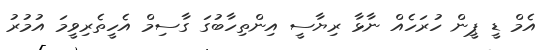
އެމް ޑީ ޕީން ހުރަހެއް ނާޅާ ރިޔާސީ އިންތިހާބުގަ ގާސިމް އެހީތެރިވީމަ އުމުރު